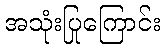
အသုံးပြုကြောင်း